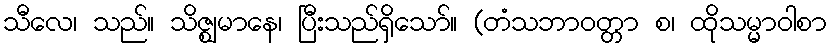
သီလေ၊ သည်။ သိဇ္ဈမာနေ၊ ပြီးသည်ရှိသော်။ (တံသဘာဝတ္တာ စ၊ ထိုသမ္မာဝါစာ